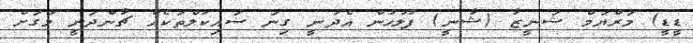
ޑީޑީ) މަރްޔަމް ޝަނީޒާ (ޝާނީ) ފުލުހުން އެދުނީ ގިނަ ސައިކަލްތަކެއް ޗާންދަނީ މަގަށް